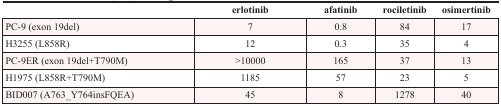
|  | erlotinib | afatinib | rociletinib | osimertinib |
 | --- | --- | --- | --- | --- |
 | PC-9 (exon 19del) | 7 | 0.8 | 84 | 17 |
 | H3255 (L858R) | 12 | 0.3 | 35 | 4 |
 | PC-9ER (exon 19del+T790M) | >10000 | 165 | 37 | 13 |
 | H1975 (L858R+T790M) | 1185 | 57 | 23 | 5 |
 | BID007 (A763_Y764insFQEA) | 45 | 8 | 1278 | 40 |